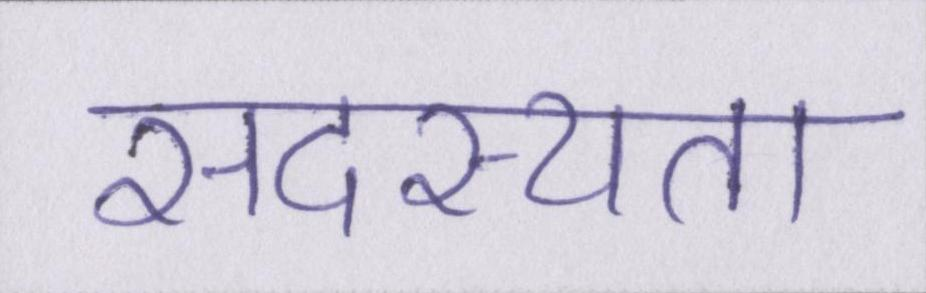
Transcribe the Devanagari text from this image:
सदस्यता